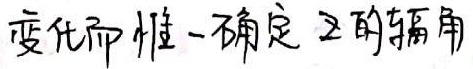
变化而惟一确定\(z\)的辐角